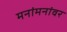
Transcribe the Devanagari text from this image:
मनांमनांवर